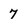
Character: 7